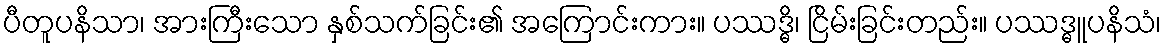
ပီတူပနိသာ၊ အားကြီးသော နှစ်သက်ခြင်း၏ အကြောင်းကား။ ပဿဒ္ဓိ၊ ငြိမ်းခြင်းတည်း။ ပဿဒ္ဓူပနိသံ၊